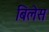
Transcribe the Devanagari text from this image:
बिलेस